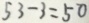
5 3 - 3 = 5 0